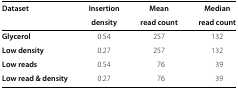
<table><thead><tr><td><b>Dataset</b></td><td><b>Insertion</b></td><td><b>Mean</b></td><td><b>Median</b></td></tr><tr><td><b> </b></td><td><b>density</b></td><td><b>read count</b></td><td><b>read count</b></td></tr></thead><tbody><tr><td><b>Glycerol</b></td><td>0.54</td><td>257</td><td>132</td></tr><tr><td><b>Low density</b></td><td>0.27</td><td>257</td><td>132</td></tr><tr><td><b>Low reads</b></td><td>0.54</td><td>76</td><td>39</td></tr><tr><td><b>Low read &amp; density</b></td><td>0.27</td><td>76</td><td>39</td></tr></tbody></table>